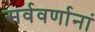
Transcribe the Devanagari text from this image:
सर्ववर्णानां